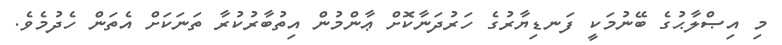
މި އިޞްލާޙުގެ ބޭނުމަކީ ފަނޑިޔާރުގެ ހަރުދަނާކޮށް ޢާންމުން އިތުބާރުކުރާ ތަނަކަށް އެތަން ހެދުމެވެ.